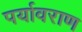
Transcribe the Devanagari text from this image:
पर्यावराण